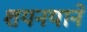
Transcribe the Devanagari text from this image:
शयनयाने